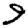
Digit: 9